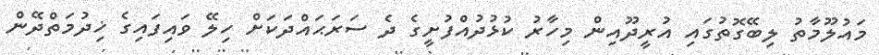
މައުލޫމާތު ލިބޭގޮތުގައި އުރީދޫއިން މިހާރު ކުޅުދުއްފުށީގެ ދެ ސަރަޙައްދަކަށް ހިލޭ ވައިފައިގެ ޚިދުމަތްދޭން